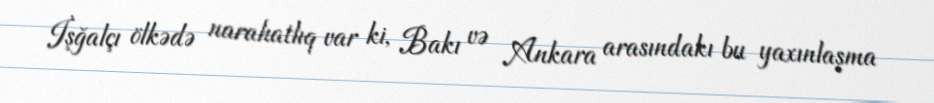
İşğalçı ölkədə narahatlıq var ki, Bakı və Ankara arasındakı bu yaxınlaşma